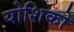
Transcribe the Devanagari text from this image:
योशिको